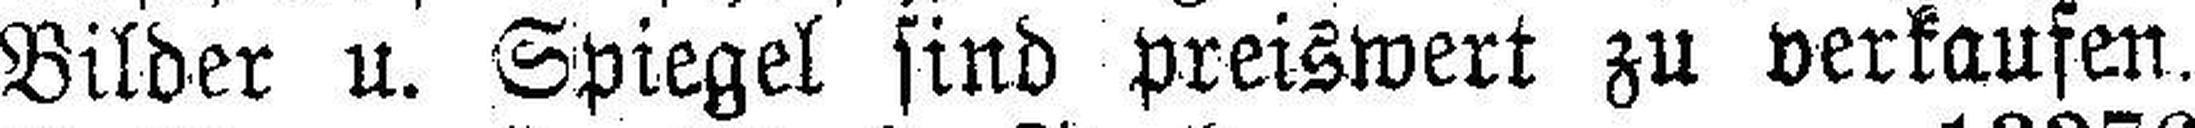
Bilder u. Spiegel sind preiswert zu verkaufen.